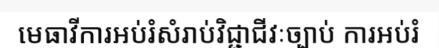
មេធាវីការអប់រំសំរាប់វិជ្ជាជីវៈច្បាប់ ការអប់រំ